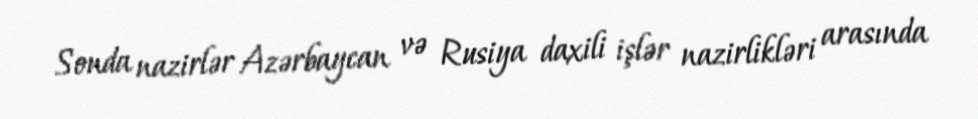
Sonda nazirlər Azərbaycan və Rusiya daxili işlər nazirlikləri arasında